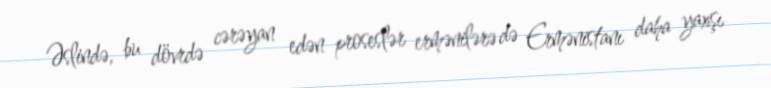
Əslində, bu dövrdə cərəyan edən proseslər ermənilərə də Ermənistanı daha yaxşı